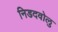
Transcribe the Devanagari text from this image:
निडदवोलु